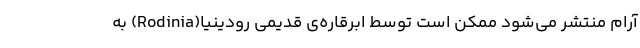
آرام منتشر می‌شود ممکن است توسط ابرقاره‌ی قدیمی رودینیا(Rodinia) به